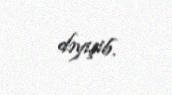
dəyişib.